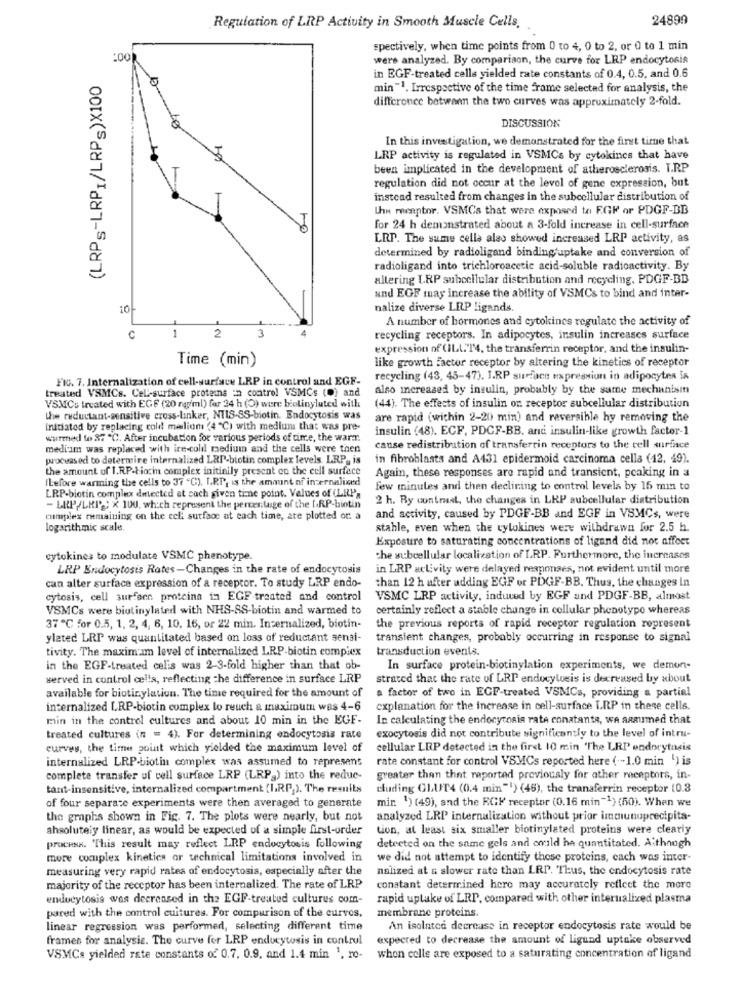
24899
Regulation of LRP Activity in Smooth Muscle Cells,
spectively, when time points from 0 to 4, 0 to 2, or 0 to 1 min
:00
wers analyzed. By comparison, the curve for LRP endocytosis
(LRPS-LRPI/LRPs)X100
in EGF-treated cells yielded rate constants of 0.4, 0.5, and 0.6
min "1. Irrespective of the time frame selected for analysis, the
difference between the two curves was approximately 2-fold.
DISCUSSION
In this investigation, we demonstrated for the first time that
LRP activity is regulated in VSMCs by cytokincs that have
been implicated in the development of atherosclerosis. I.RP
regulation did not occur at the level of gene expression, but
instead resulted from changes in the subcellular distribution of
the receptor. VSMCs that were exposed to E.GK or PDGF-BB
for 24 h demonstrated about a 3-fold increase in cell-surface
LRP. The sume cella also showed increased LRP activity, as
determined by radioligand binding uptake and conversion of
radioligand into trichloroacetic acid-soluble radioactivity. By
altering L.RP subcellular distribution and recycling, PDGF-BB
und EGF may increase the ability of VSMCs to bind and inter-
10
nalize diverse LRP ligands.
A number of hormones and cytokines regulate the activity of
1
0
2
3
recycling receptors. In adipocytes, insulin increases surface
expression of (ILL."T'4, the transferrin receptor, and the insulin-
Time (min)
like growth factor receptor by altering the kinetics of receptor
FIG. 7. Internalization of cell-surface LRP in control and EGF-
recycling (43, 45-47). I.RP surface expression in adipocytes is
treated VSMCs. Cell-surface proteins in control VSMCs (D) and
also increased by insulin, probably by the same mechanism
VSMCs treated with EGF (20 mg/ml) for 24 h (O) were biolinyluted with
(44). The effects of insulin or receptor subcellular distribution
the reductant-sensitive cross-linker, NTIS-SS-biotin. Endocytosis was
are rapid (within 2-20 min) and reversible hy removing the
initiated by replacing cold meliom (4 "℃) with medium that was pre-
insulin (48). ECF, PDCF-BB, and insulin-like growth factor-1
warmed to 37 "℃. After incubation for various periods of time, the warm
medium was replaced with ice-cold medium and the cells were then
cause redistribution of transferrin receptors to the cell surface
proceased to determine internalized LRP-biotin complex levels. LRP- is
in fibroblasts and A431 epidermoid carcinoma cella (12, 49).
the amount of I.R.P.tioci complex initially present on the cell surface
(Lefore warming the cells to 37 "C). L.R.P, is the amount of internaliced
Again, these responses are rapid and transient, peaking in a
LRP-biotin complex detected at cach given time point. Values of (LRP
few minutes and then declining to control levels by 15 mm to
2 h. By contrast, the changes in LRP subcellular distribution
- LRP/LRI : X 100, which represent the percentage of the [.RP-biotin
complex remaining on the cell surface at each time, ate plotted or a
and activity, caused by PDGF-BB and EGF in VSMCs, were
logarithmic scale
stahle, even when the cytokines were withdrawn for 2.5 h.
Exposure to saturating concentrations of ligand did not affect
cytokines to modulate VSMC phenotype.
che subcellular localization of LRP. Furthermore, the increases
LRP Endocytosis Rotes-Changes in the rate of endocytosis
in LRP activity were delayed responses, not evident until more
can alter surface expression of a receptor. To study LRP endo-
than 12 h after adding EGF or PDGF-BB. Thus, the changes in
cytosis, cell surfern proteina in EGF treated and control
VSMC LRP activity, induced by EGF and PDGF-BB, almost
VSMCs were biotinylated with NHS-SS-biotin and warmed to
certainly reflect a stable change in cellular phenotype whereas
37 ℃ for 0.5, 1, 2, 4, 6, 10, 16, or 22 min. Internalized, biotin-
the previous reports of rapid receptor regulation represent
ylated LRP was quantitated based on loss of' reductant sensi-
transient changes, probably occurring in response to signal
tivity. The maxim am level of internalized LRP-biotin complex
transduction events.
in the EGF-treated celis was 2-3-fold higher than that ob-
In surface protein-biotinylation experiments, we demon-
served in control cells, reflecting the difference in surface LRP
strated that the rate of LRP endocytosis is decreased by about
available for biotinylation. The time required for the amount of
a factor of two in EGF-treated VSMCs, providing a partial
internalized LRP-biotin complex lo reuch a maximutu was 4-6
explanation for the increase in cell-surface LRP in these cells.
min in the control cultures and about 10 min in the EGF-
In calculating the endocytosis rate conatanta, wa aaaumed that
treated cultures (n = 4). For determining endocytosis rate
exocytosis did not contribute significantly to the level of intru-
curves, the time pout which yielded the maximum level of
cellular LRP detected in the first 10 min 'The LRP endocytosis
internalized LRP-biotin complex was assumed to represens
rate constant for control VSMCs reported here ( -- 1.0 min ) is
complete transfer uf cell surface LRP (LRP ) into the reduc-
greater than that reported previously for ather receptors, in-
tant-insensitive, internalized compartment (LRP ). The results
cluding GLUT4 (0.4 min"') (45), the transferrin receptor (0.3
min. 1) (49), and the RCF receptor (0.16 min"1) (50). When we
of four separate experiments were then averaged to generate
the graphs shown in Fig. 7. The plots were nearly, but not
analyzed LRP internalization without prior immunoprecipita-
absolutely linear, as would be expected of a simple first-order
tion, at least six smaller biotinylated proteins were clearly
detected on the same gels and could ha quantitated. A though
process. "This result may reflect LRP endocytosis following
more complex kinetics or technical limitations involved in
we did not attempt to identify those proteins, cach was inter-
measuring very rapid rates of endocytosis, especially after the
nalized at & slower rate than LRP. Thus, the endocytosis rate
majority of the receptor has been internalized. The rate of LRP
constant determined here may accurately reflect the more
endocytosis was decreased in the EGF-treated cultures com-
rapid uplake of LRP, compared with other interualized plasma
membrane proteins.
pared with the control cuitures. For comparison of the curves,
linear regression was performed, selecting different time
An isolated decrease in receptor endocytosis rate would be
frames for analysis. The curve for LRP endocytosis in control
expected to decrease the amount of ligund uptake observed
VSMCs yielded rate constants of 0.7. 0.9, and 1.4 min 1, ro-
when celle are exposed to a saturating concentration of ligand